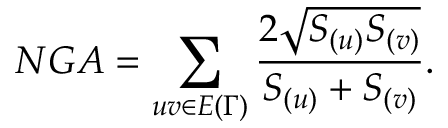
N G A = \sum _ { u v \in E { ( \Gamma ) } } \frac { 2 \sqrt { S _ { ( u ) } S _ { ( v ) } } } { S _ { ( u ) } + S _ { ( v ) } } .